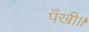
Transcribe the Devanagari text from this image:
पँखी॥